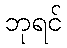
ဘုရင်